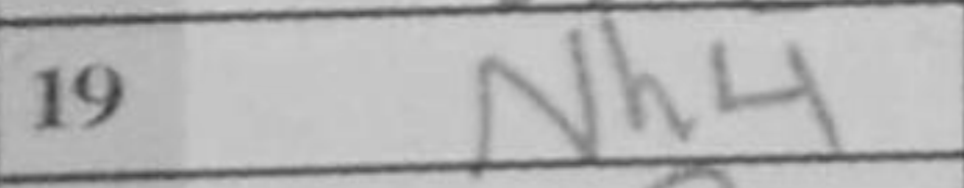
Transcription: Nh4